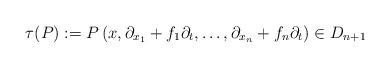
LaTeX: \begin{align*}\tau(P) := P\left(x, \partial_{x_1} + f_1\partial_{t},\dots,\partial_{x_n} + f_n\partial_{t}\right) \in D_{n+1}\end{align*}